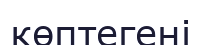
көптегені